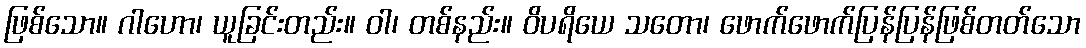
ဖြစ်သော။ ဂါဟော၊ ယူခြင်းတည်း။ ဝါ၊ တစ်နည်း။ ဝိပရိယေ သတော၊ ဖောက်ဖောက်ပြန်ပြန်ဖြစ်တတ်သော